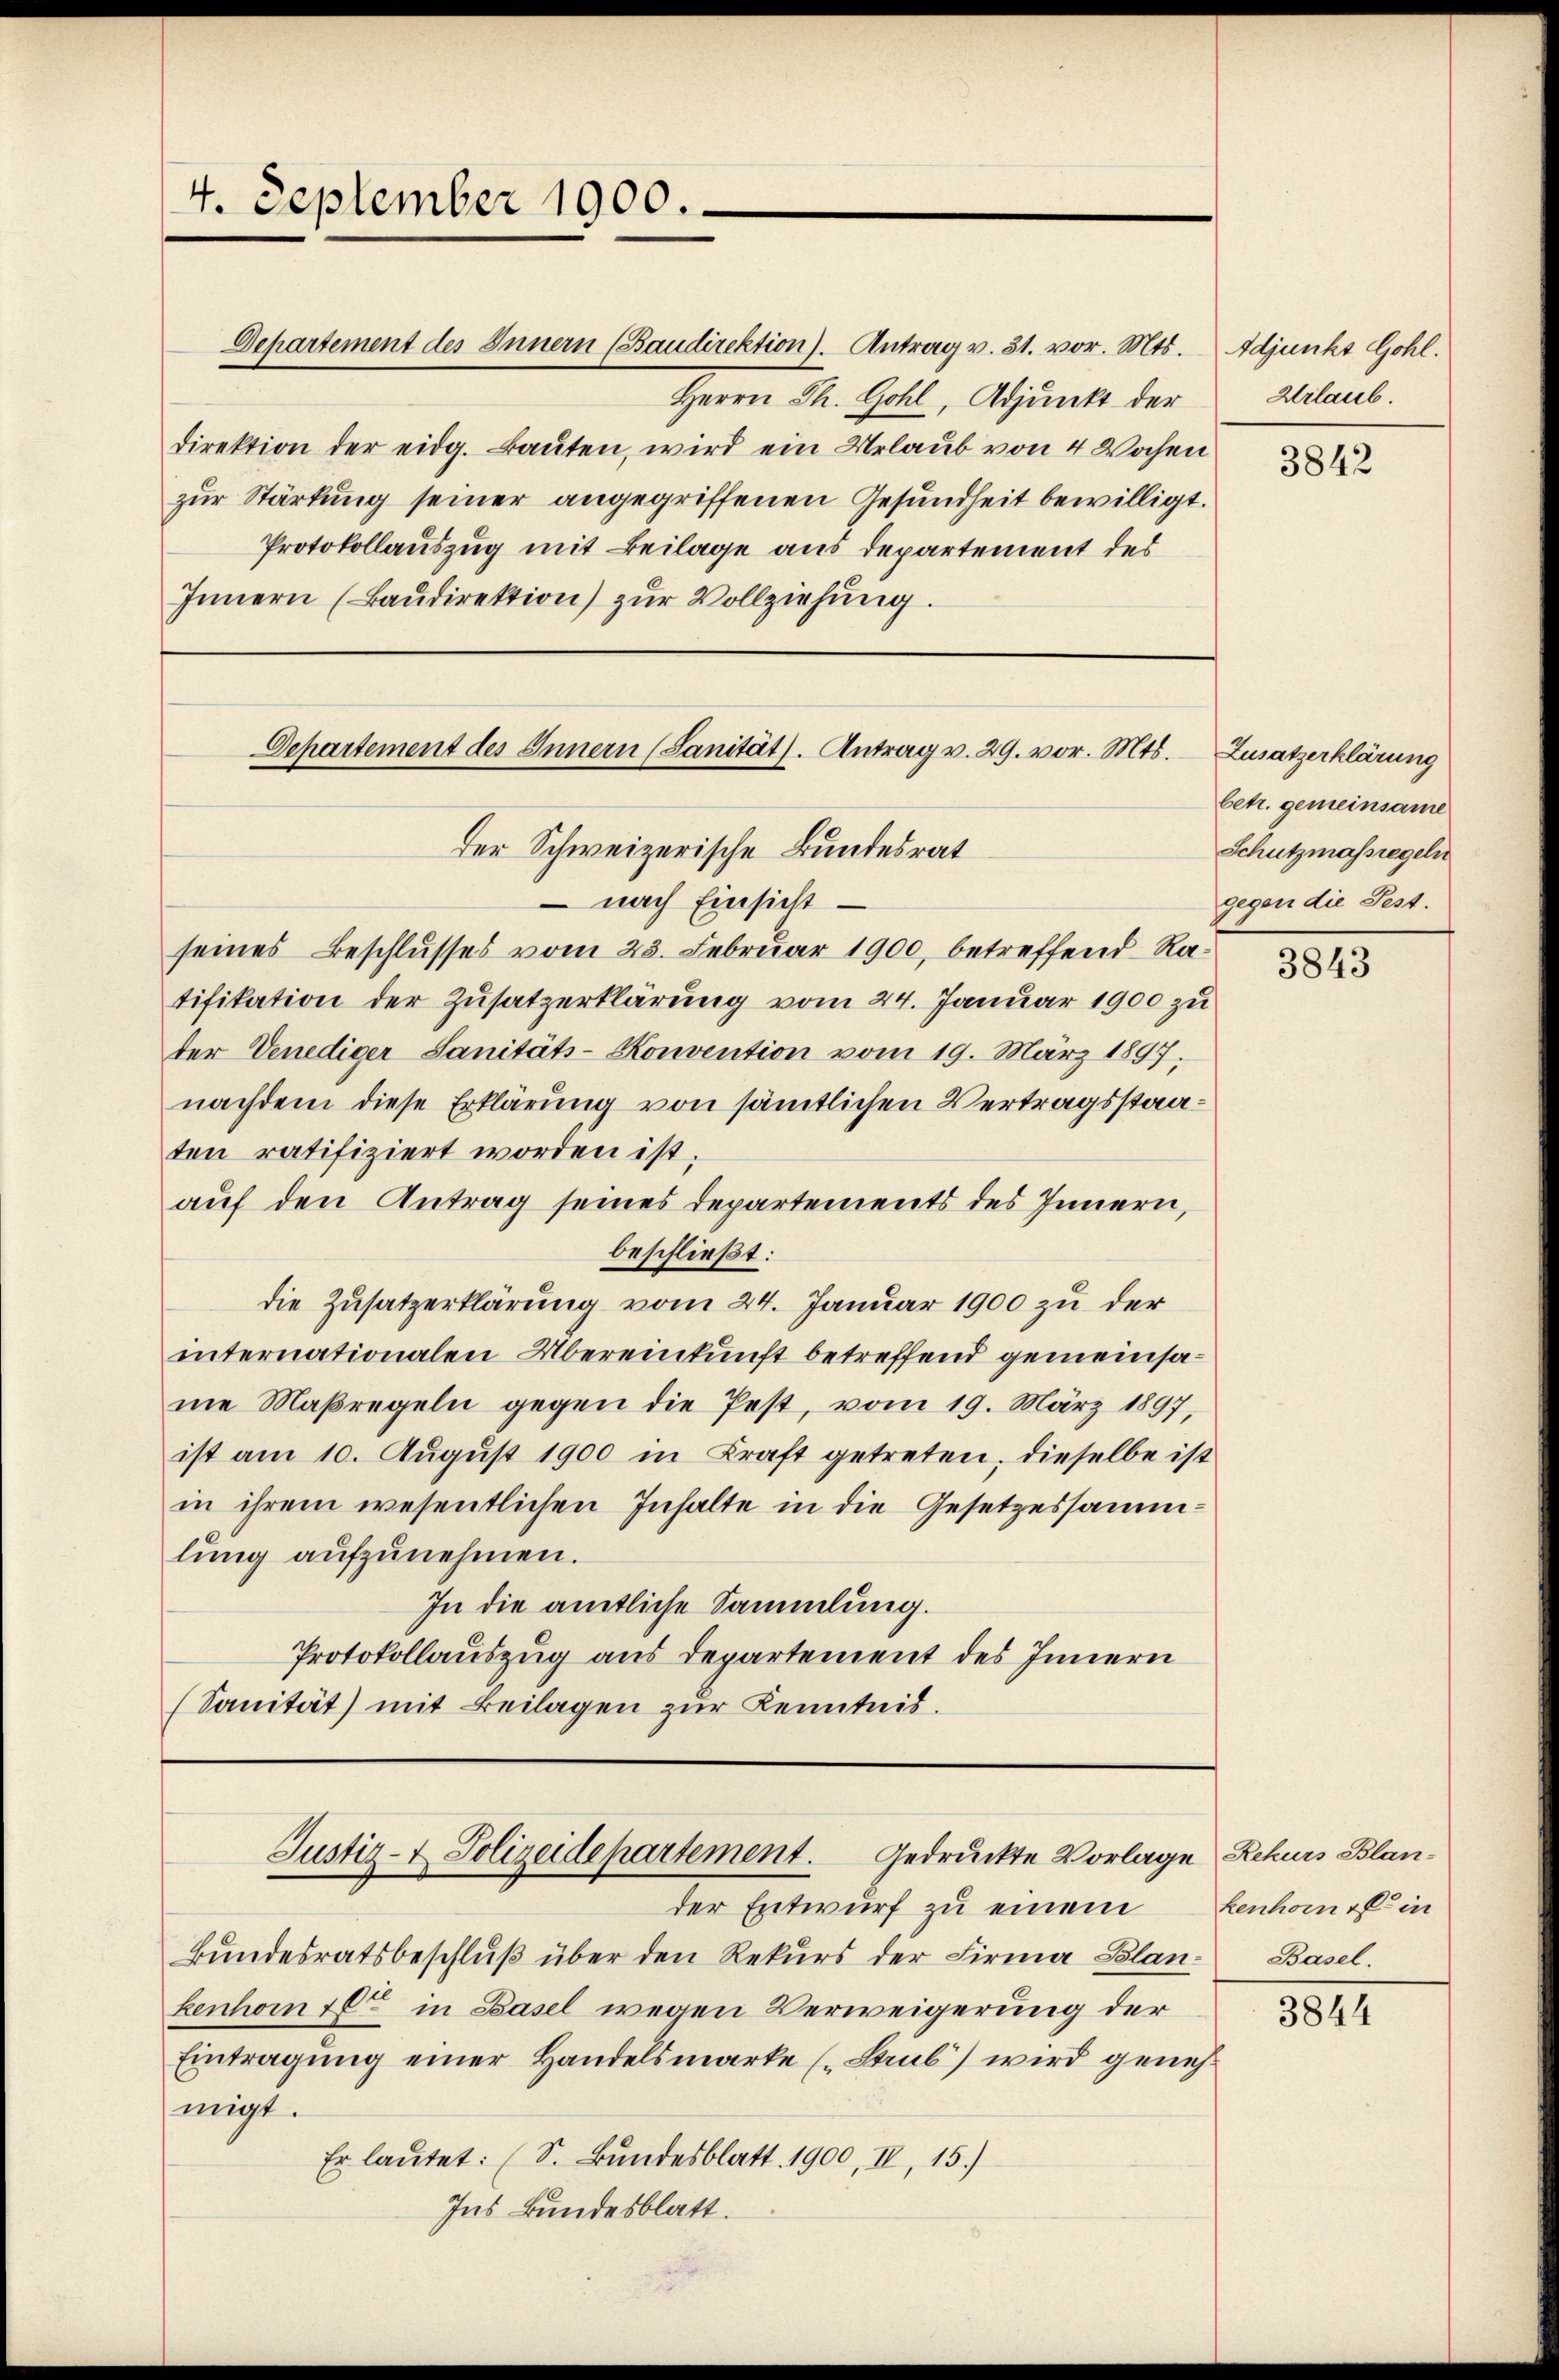
4. September 1900.

Departement des Innern (Sanität). Antrag v. 29. vor. Mts.

Departement des Innern (Baudirektion). Antrag v. 31. vor. Mts.
Herrn Th. Gohl, Adjunkt der
direktion der eidg. Baŭten, wird ein Urlaub von 4 Wochen
zur Stärkung seiner angegriffenen Gesundheit bewilligt.
Protokollauszug mit Beilage aus Departement des
Innern (Baŭdirektion) zur Vollziehung.

Justiz- & Polizeidepartement. Gedruckte Vorlage Rekurs Blan¬

Der Schweizerische Bundesrat
– nach Einsicht
seines Beschlusses vom 23. Februar 1900, betreffend Ratifikation der Zusatzerklärung vom 24. Januar 1900 zu
der Venediger Sanitäts-Konvention vom 19. März 1897,
nachdem diese Erklärung von sämtlichen Vertragsstaaten ratifiziert worden ist.
auf den Antrag seines Departements des Innern,
beschließt:
die Zusatzerklärung vom 24. Januar 1900 zu der
internationalen Übereinkunft betreffend gemeinsane Maßregeln gegen die Pest, vom 19. März 1897,
ist am 10. August 1900 in Kraft getreten, dieselbe ist
in ihrem wesentlichen Inhalte in die Gesetzessammlŭng aŭfzŭnehmen.
In die amtliche Sammlung.
Protokollauszug aus Departement des Innern
(Sanität) mit Beilagen zur Kenntnis.

der Entwurf zu einem
Bŭndesratsbeschlŭβ über den Rekŭrs der Firma Blan- Basel.
kenhom C in Basel wegen Verweigerung der
Eintragung einer Handelsmarke (Saub) wird genehmigt.
Er lautet: (S. Bundesblatt 1900, IV, 15.)
Ins Bundesblatt.

Idjunkt Gohl.
Urlaub.

3842

Zusatzerklärung
betr. gemeinsame
Schutzmassregeln
gegen die Fest.

3843

kenhorn es in

3844